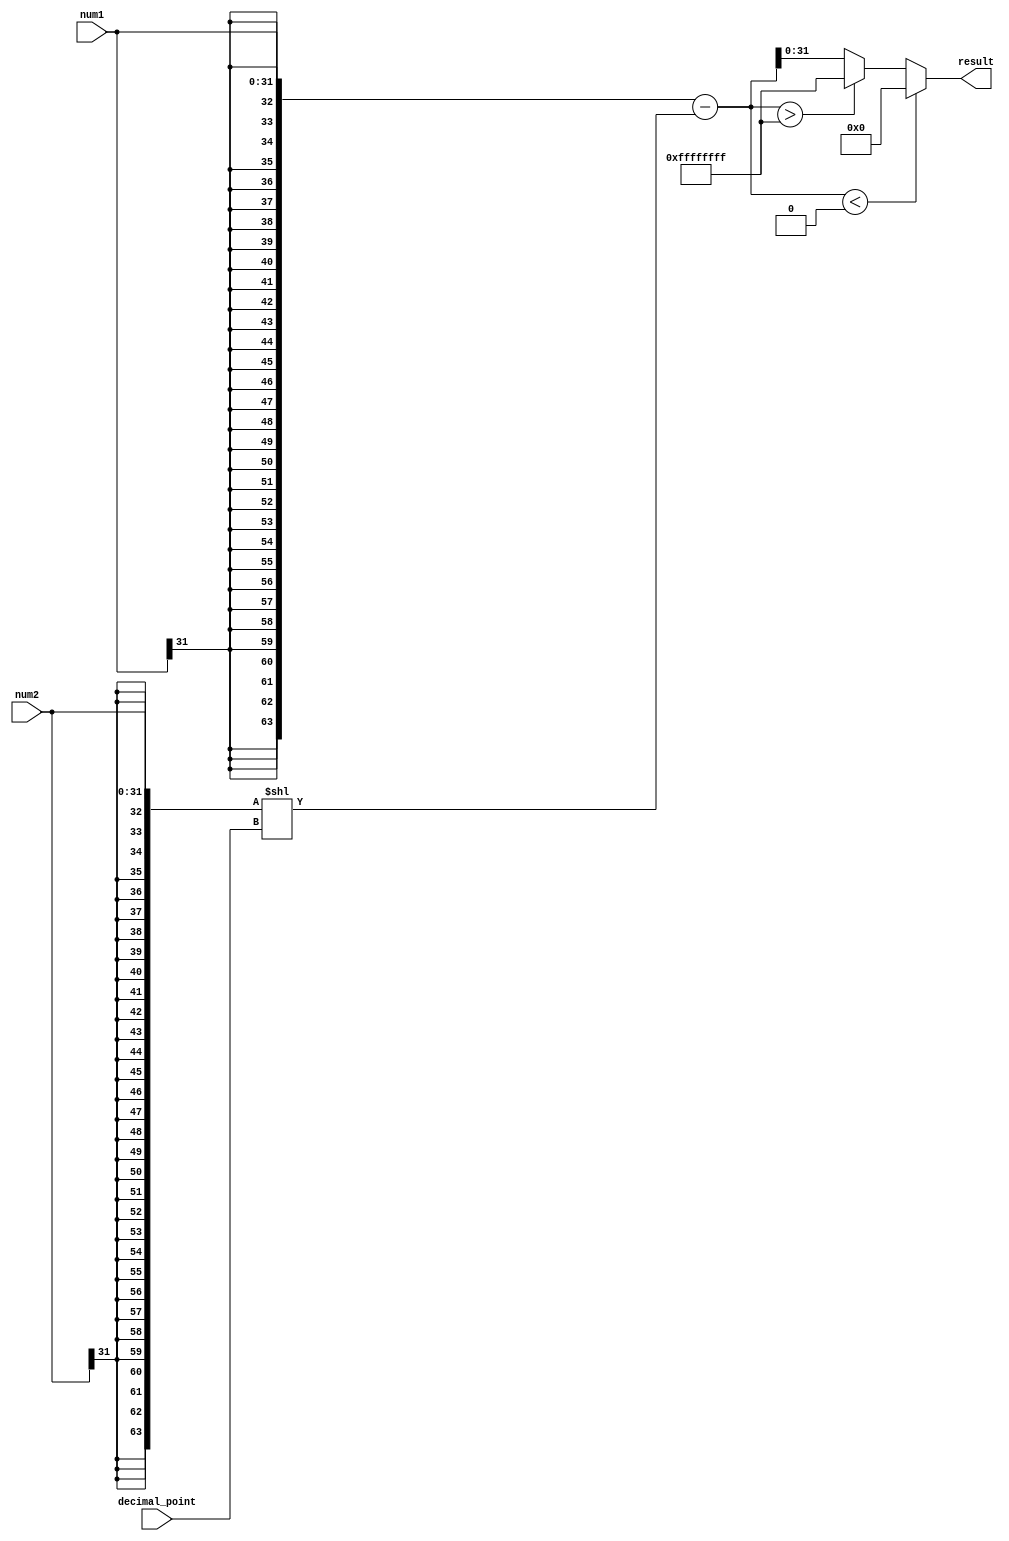
module fixed_point_subtractor (
    input wire [31:0] num1,
    input wire [31:0] num2,
    input wire [7:0] decimal_point,
    output reg [31:0] result
);

// Sign-extend the input numbers to match the number of fractional bits
reg [63:0] ext_num1 = {{32{num1[31]}}, num1};
reg [63:0] ext_num2 = {{32{num2[31]}}, num2};

// Adjust the decimal point position
reg [63:0] shifted_num2 = ext_num2 << decimal_point;

// Subtract the two numbers
reg [63:0] subtracted = ext_num1 - shifted_num2;

// Check for overflow
always @(*) begin
    if (subtracted < 0) begin
        result = 0; // Handle overflow by setting the result to 0
    end else if (subtracted > (2**32 - 1)) begin
        result = (2**32 - 1); // Handle overflow by setting the result to the maximum value
    end else begin
        result = subtracted[31:0];
    end
end

endmodule